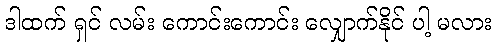
ဒါထက် ရှင် လမ်း ကောင်းကောင်း လျှောက်နိုင် ပါ့ မလား